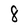
Character: 8